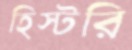
হিস্টরি